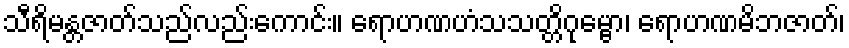
သီရိမန္တဇာတ်သည်လည်းကောင်း။ ရောဟဏဟံသသတ္တိဂုမ္ဗော၊ ရောဟဏမိဘဇာတ်၊